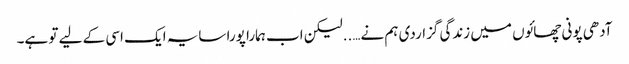
آدھی پونی چھائوں میں زندگی گزاردی ہم نے…..لیکن اب ہمارا پورا سایہ ایک اسی کے لیے تو ہے۔